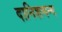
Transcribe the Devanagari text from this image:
दानिशमन्द